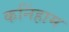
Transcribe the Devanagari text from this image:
कनिंहाम